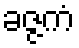
ခဇ္ဇကံ